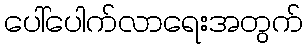
ပေါ်ပေါက်လာရေးအတွက်